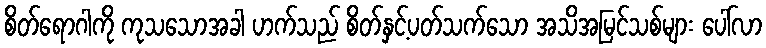
စိတ်ရောဂါကို ကုသသောအခါ ဟက်သည် စိတ်နှင့်ပတ်သက်သော အသိအမြင်သစ်များ ပေါ်လာ